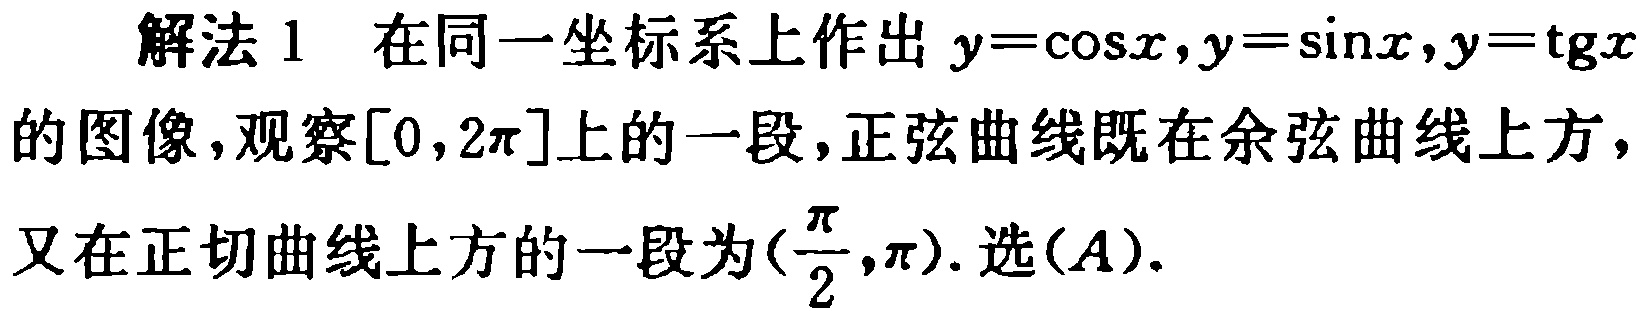
解法 1 在同一坐标系上作出 \(y = \cos x,y = \sin x,y = \operatorname{tg}x\)的图像，观察\([0,2\pi]\)上的一段，正弦曲线既在余弦曲线上方，又在正切曲线上方的一段为\((\frac{\pi}{2},\pi)\). 选\((A)\).